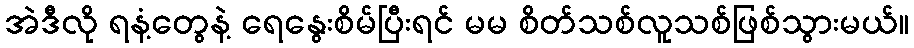
အဲဒီလို ရနံ့တွေနဲ့ ရေနွေးစိမ်ပြီးရင် မမ စိတ်သစ်လူသစ်ဖြစ်သွားမယ်။